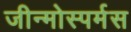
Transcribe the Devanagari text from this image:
जीन्मोस्पर्मस